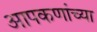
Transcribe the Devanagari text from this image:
आपकणांच्या